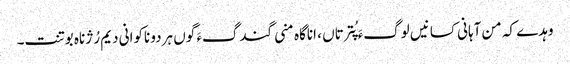
وہدے کہ من آہانی کسانیں لوگءَ پُترتاں ، اناگاہ منی گندگءَ گوں ہردو ناکوانی دیم رُژناہ بوتنت۔